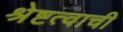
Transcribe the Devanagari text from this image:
श्रेष्टत्वाची